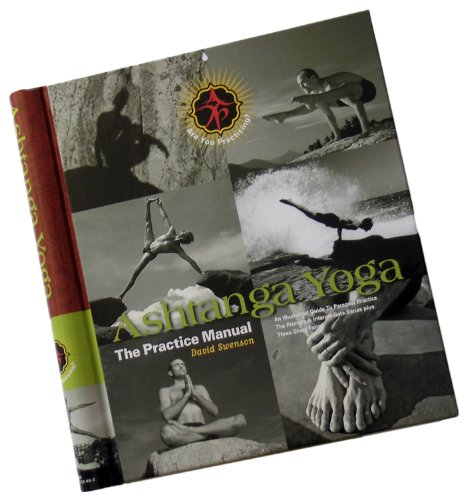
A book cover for Ashtanga Yoga: The Practice Manual; David Swenson; Health, Fitness & Dieting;